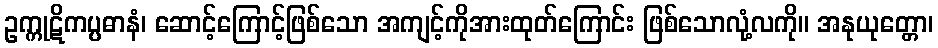
ဥက္ကုဋိကပ္ပဓာနံ၊ ဆောင့်ကြောင့်ဖြစ်သော အကျင့်ကိုအားထုတ်ကြောင်း ဖြစ်သောလုံ့လကို။ အနုယုတ္တော၊